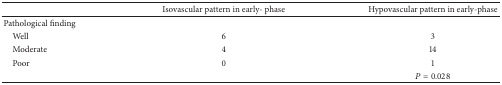
<table><thead><tr><td><b> </b></td><td><b>Isovascular pattern in early- phase</b></td><td><b>Hypovascular pattern in early-phase</b></td></tr></thead><tbody><tr><td>Pathological finding</td><td> </td><td> </td></tr><tr><td> Well</td><td>6</td><td>3</td></tr><tr><td> Moderate</td><td>4</td><td>14</td></tr><tr><td> Poor</td><td>0</td><td>1</td></tr><tr><td> </td><td> </td><td><i>P</i> = 0.028</td></tr></tbody></table>